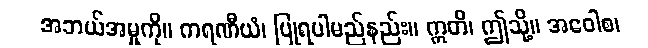
အဘယ်အမှုကို။ ကရဏီယံ၊ ပြုရပါမည်နည်း။ ဣတိ၊ ဤသို့။ အဝေါစ၊